Indian journal of veterinary science and animal husbandry - Volume 7,
Year: 1937
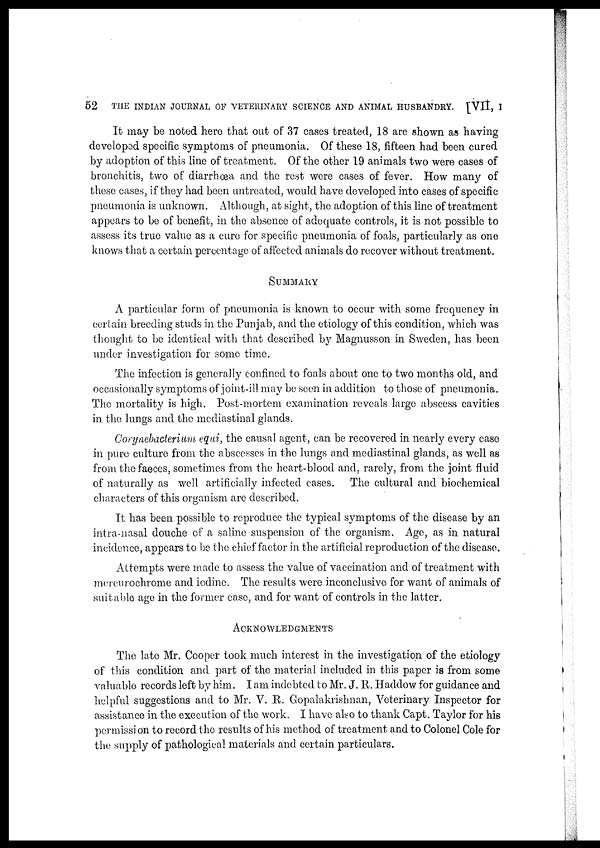
52
THE INDIAN JOURNAL OF VETERINARY SCIENCE AND ANIMAL HUSBANDRY, [VII, I
It may be noted here that out of 37 cases treated, 18 are shown as having
developed specific symptoms of pneumonia. Of these 18, fifteen had been cured
by adoption of this line of treatment. Of the other 19 animals two were cases of
bronchitis, two of diarrhœa and the rest were cases of fever. How many of
these cases, if they had been untreated, would have developed into cases of specific
pneumonia is unknown. Although, at sight, the adoption of this line of treatment
appears to be of benefit, in the absence of adequate controls, it is not possible to
assess its true value as a cure for specific pneumonia of foals, particularly as one
knows that a certain percentage of affected animals do recover without treatment.
SUMMARY
A particular form of pneumonia is known to occur with some frequency in
certain breeding studs in the Punjab, and the etiology of this condition, which was
thought to be identical with that described by Magnusson in Sweden, has been
under investigation for some time.
The infection is generally confined to foals about one to two months old, and
occasionally symptoms of joint-ill may be seen in addition to those of pneumonia.
The mortality is high. Post-mortem examination reveals large abscess cavities
in the lungs and the mediastinal glands.
Corynebacterium equi, the causal agent, can be recovered in nearly every case
in pure culture from the abscesses in the lungs and mediastinal glands, as well as
from the faeces, sometimes from the heart-blood and, rarely, from the joint fluid
of naturally as well artificially infected cases. The cultural and biochemical
characters of this organism are described.
It has been possible to reproduce the typical symptoms of the disease by an
intra-nasal douche of a saline suspension of the organism. Age, as in natural
incidence, appears to be the chief factor in the artificial reproduction of the disease.
Attempts were made to assess the value of vaccination and of treatment with
mercurochrome and iodine. The results were inconclusive for want of animals of
suitable age in the former case, and for want of controls in the latter.
ACKNOWLEDGMENTS
The late Mr. Cooper took much interest in the investigation of the etiology
of this condition and part of the material included in this paper is from some
valuable records left by him. I am indebted to Mr. J. R. Haddow for guidance and
helpful suggestions and to Mr. V. R. Gopalakrishnan, Veterinary Inspector for
assistance in the execution of the work. I have also to thank Capt. Taylor for his
permission to record the results of his method of treatment and to Colonel Cole for
the supply of pathological materials and certain particulars.